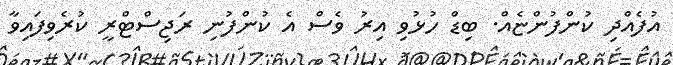
އުފެއްދި ކުންފުންޏެއް. ބިޑް ހުޅުވި އިރު ވެސް އެ ކުންފުނި ރަޖިސްޓްރީ ކުރެވިފައިވާ